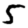
Digit: 5